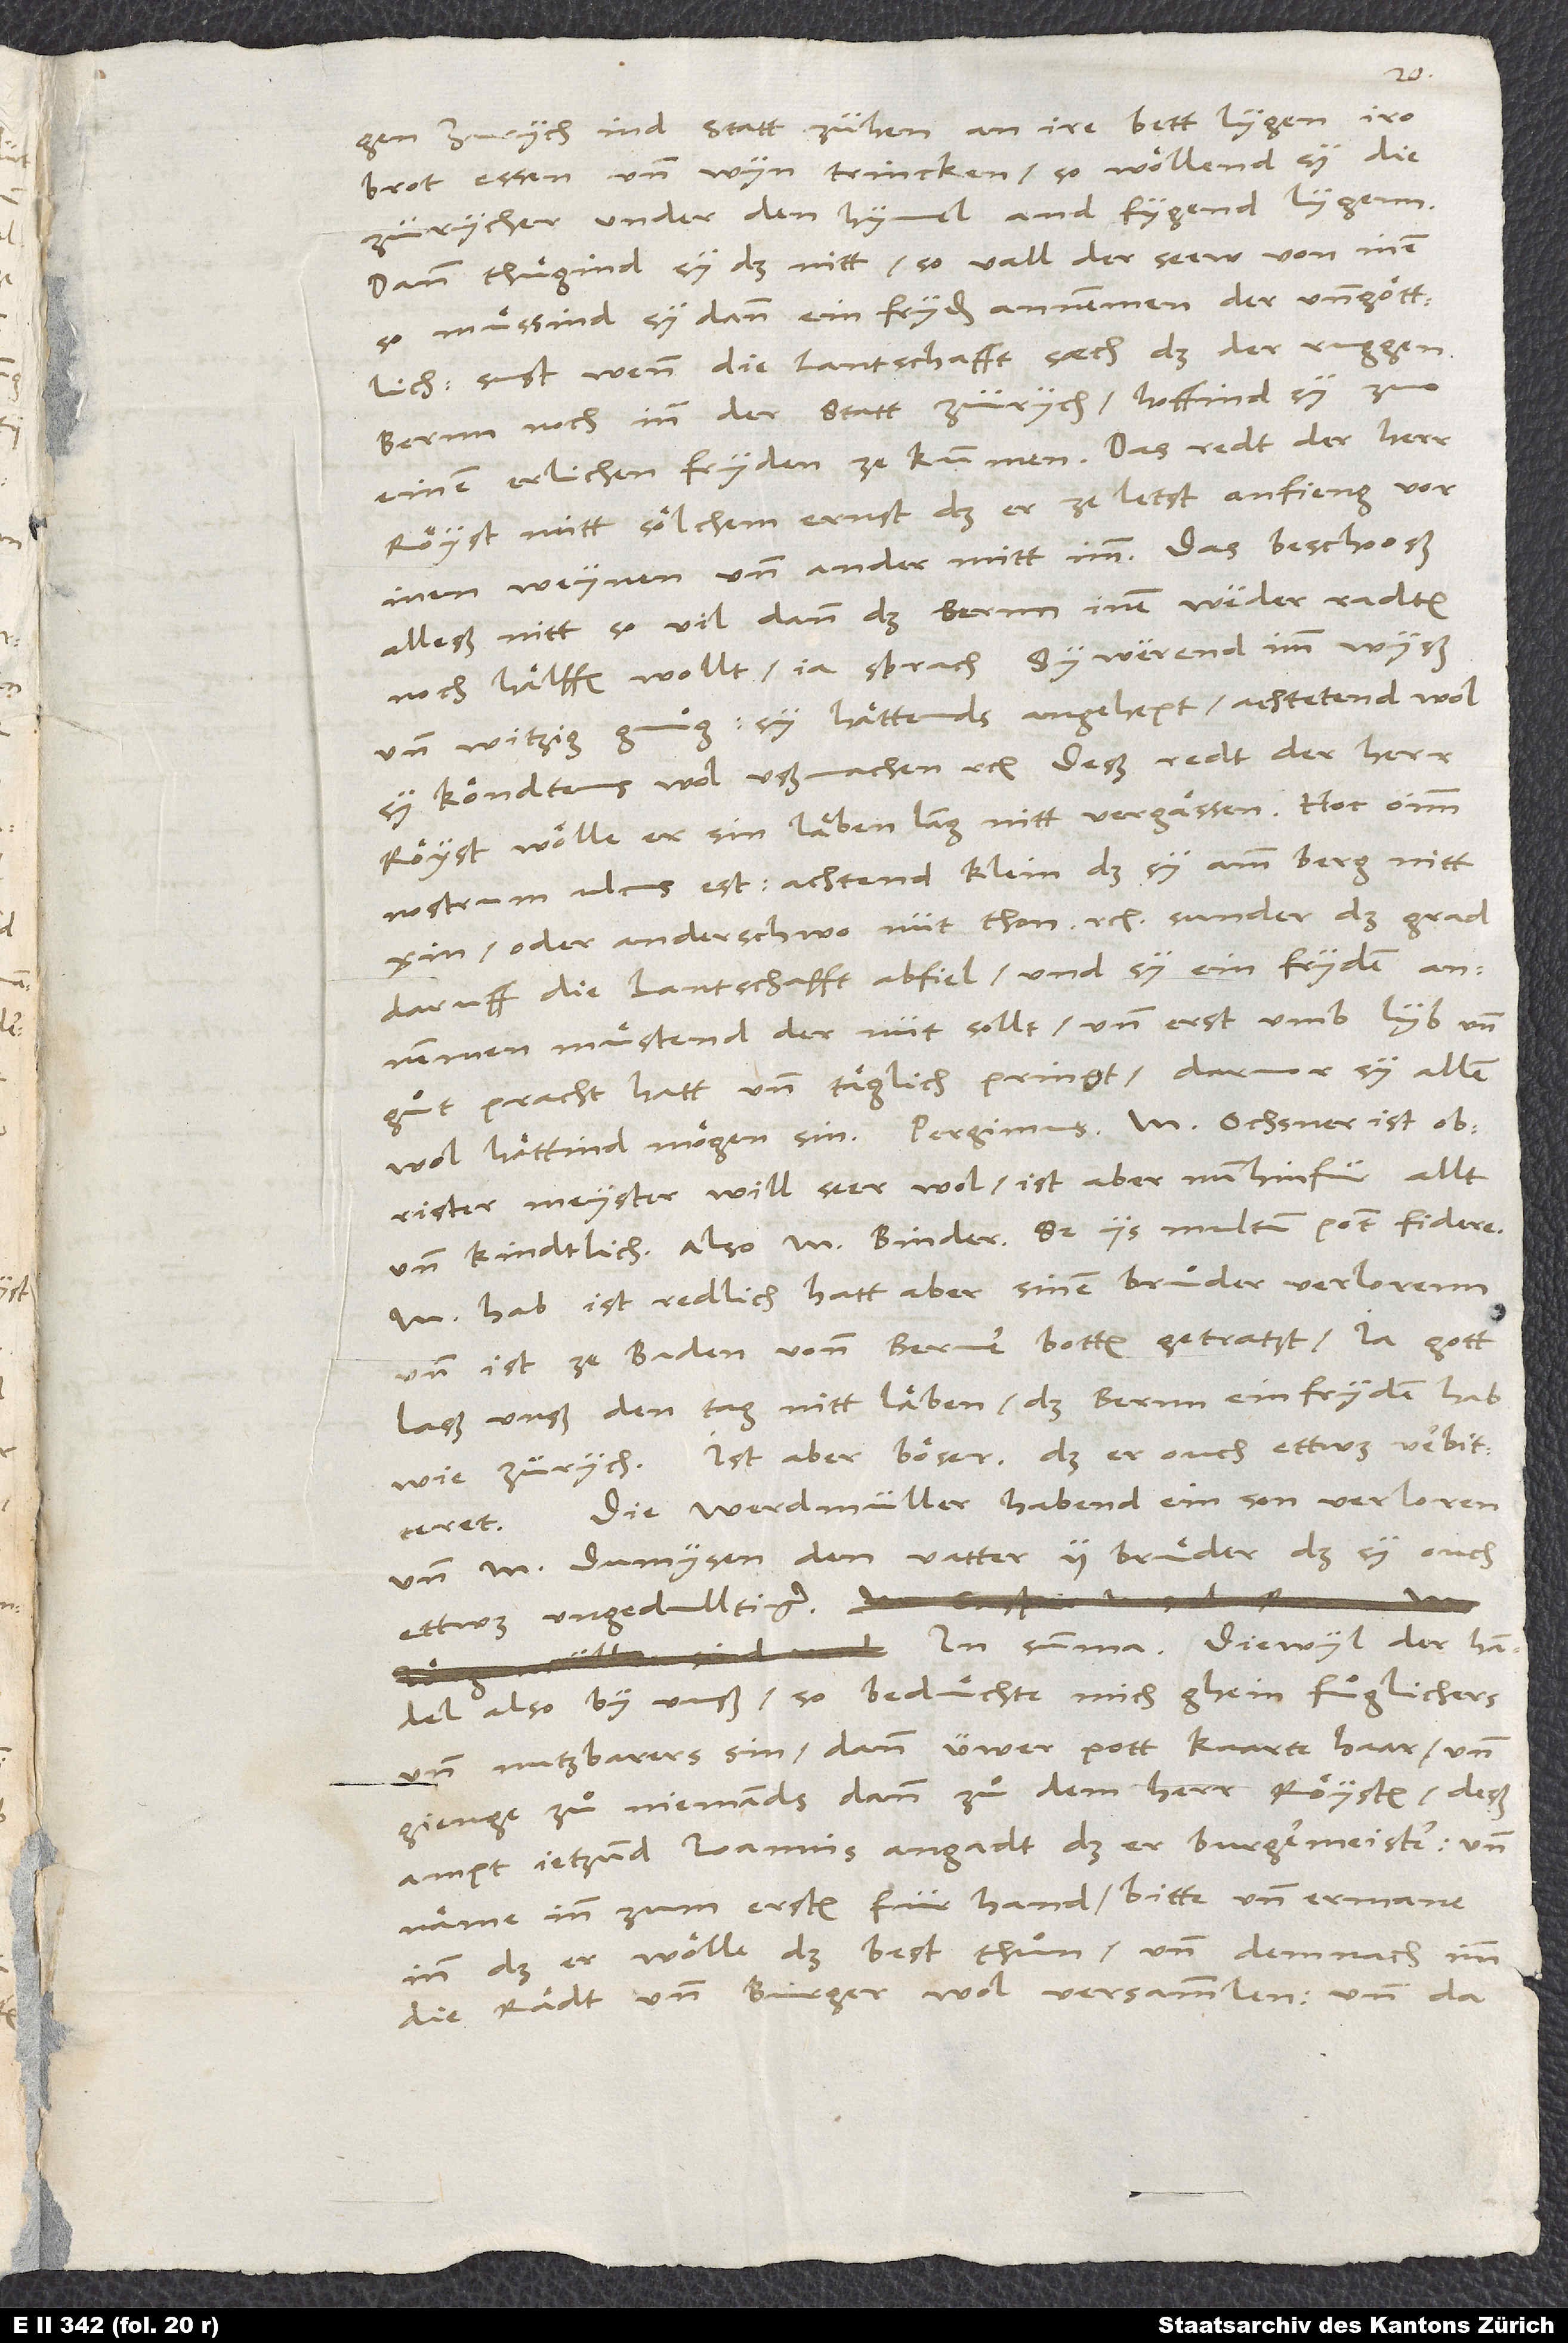
gen Zürych in d statt zühen, an ire bett lygen, ir
brot essen und wyn trincken, so wöllend sy, die
Zürycher, under den hymel an d fygend lygenn.
Dann thuͤgind sy das nitt, so vall der seew von inen,
so muͤssind sy dann ein fryden annemmen, der ungöttlich.
Sust, wenn die lantschafft säch, daß der ruggen
Bernn noch in der statt Zürych, hoffind sy, zuo
einem erlichen fryden ze kummen. Das redt der herr
Röyst mitt sölchem ernst, daß er zeletst anfieng vor
inen weynen, und ander mitt imm. Das beschooß
alleß nitt so vil, dann daß Bernn inen weder radten
noch hälffen wollt, ja sprach, sy werend imm wyß
und witzig genuͦg, sy hättends angehept; achtetend wol,
sy köndtens wol ußmachen etc. Deß, redt der herr
Röyst, wölle er sin läben lang nitt vergässen. Hoc omnium
nostrum ulcus est: Achtend klein, daß sy amm berg nitt
oder anderschwo nüt thon etc., sunder daß grad
daruff die lantschafft abfiel und sy ein fryden
annemmen muͤstend, der nüt sollt und erst umb lyb und
guͦt pracht hatt und täglich pringt, darvor sy allem
M Dumysen den vatter, 2 brüder, daß sy ouch
ettwas ungedulltiger.
In summa: Diewyl der handel
also by unß, so beduͤchte mich ghein fuͦglichers
und nutzbarers sin, dann üwer pott kaarte haar und
gienge za niemands dann zu dem herr Röysten, deß
ampt jetzund Ioannis angadt, daß er burgermeister, und
näme inn zum ersten für hand, bitte und ermane
inn, daß er wölle das best thuͦn und demnach imm
die rädt und burger wol versammlen, und da